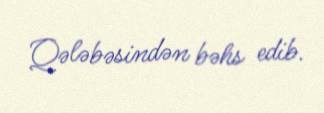
Qələbəsindən bəhs edib.